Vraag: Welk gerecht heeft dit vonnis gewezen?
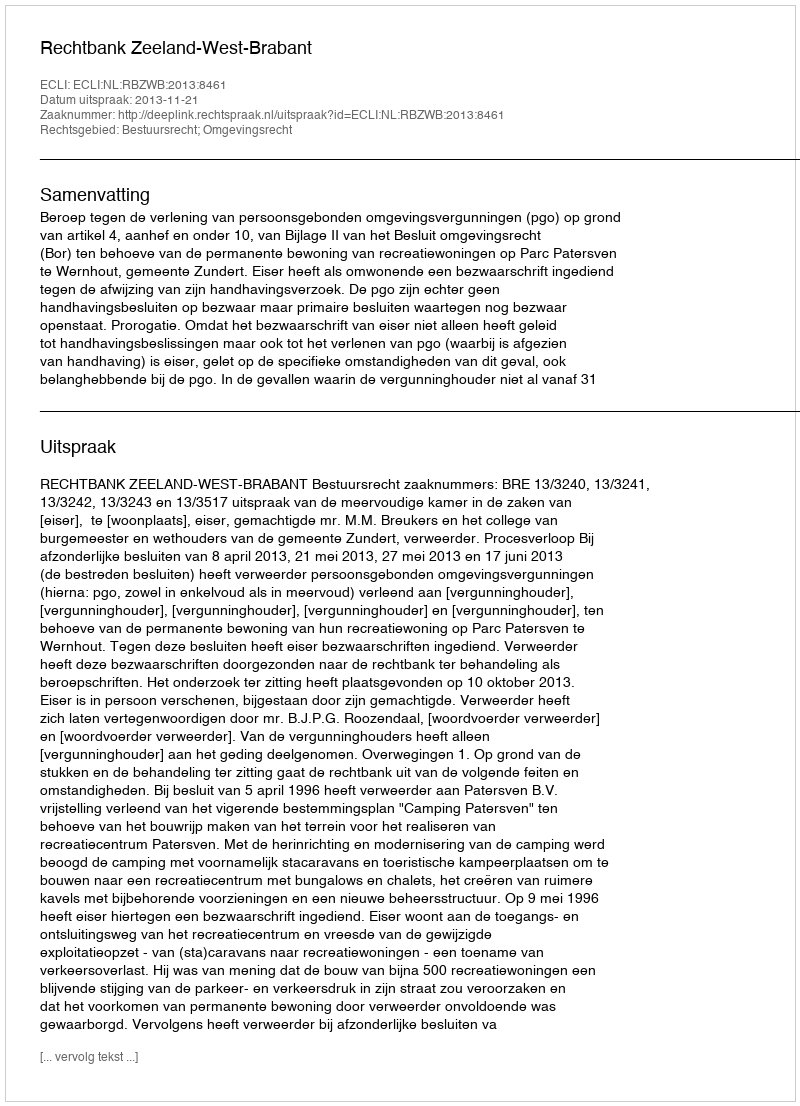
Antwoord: Rechtbank Zeeland-West-Brabant